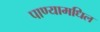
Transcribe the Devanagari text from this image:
पाण्यामधिल